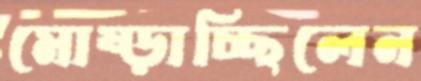
মোষ্‌ড়াচ্ছিলেন